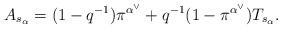
LaTeX: \begin{align*} A_{s_{\alpha}} = (1-q^{-1})\pi^{\alpha^{\vee}} + q^{-1}(1-\pi^{\alpha^{\vee}})T_{s_{\alpha}}.\end{align*}